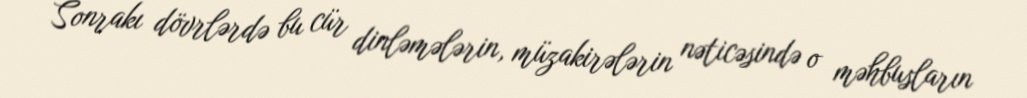
Sonrakı dövrlərdə bu cür dinləmələrin, müzakirələrin nəticəsində o məhbusların